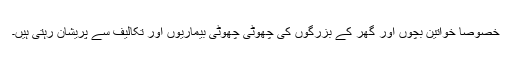
خصوصاً خواتین بچوں اور گھر کے بزرگوں کی چھوٹی چھوٹی بیماریوں اور تکالیف سے پریشان رہتی ہیں۔